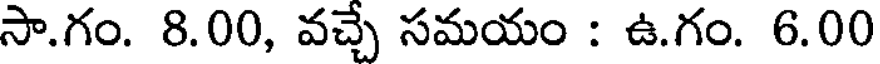
సా.గం. 8.00, వచ్చే సమయం : ఉ.గం. 6.00